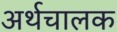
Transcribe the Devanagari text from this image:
अर्थचालक